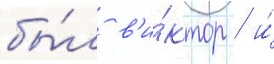
бы́л в'и́ктор / и́